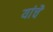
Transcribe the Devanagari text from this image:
यांचेेेे